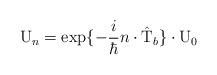
LaTeX: \begin{align*}{\rm U}_n = \exp\{-\frac{i}{\hbar} n \cdot \hat{\rm T}_{b}\}\cdot {\rm U}_0\end{align*}